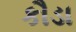
કૌડા